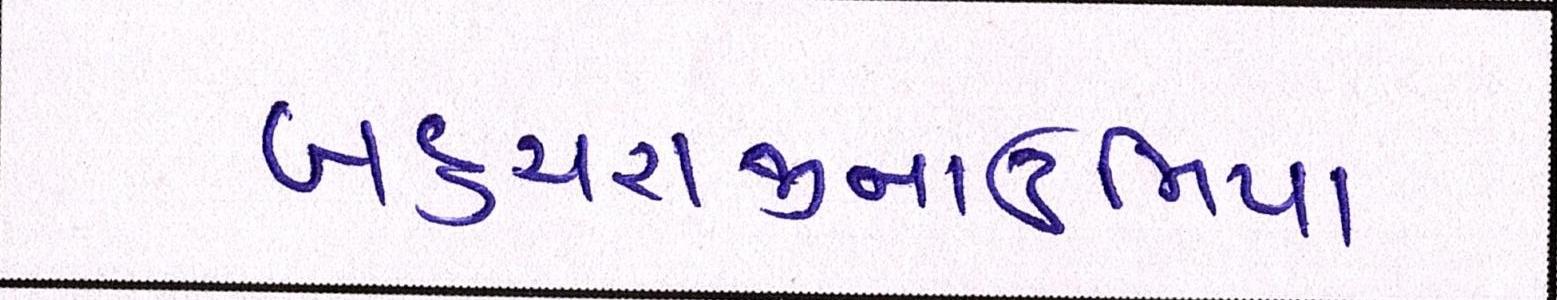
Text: બહુચરાજીનાઉમિયા